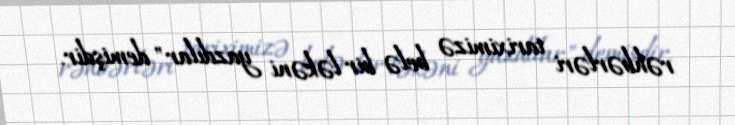
rəhbərləri tariximizə belə bir ləkəni yazdılar" demişdir.